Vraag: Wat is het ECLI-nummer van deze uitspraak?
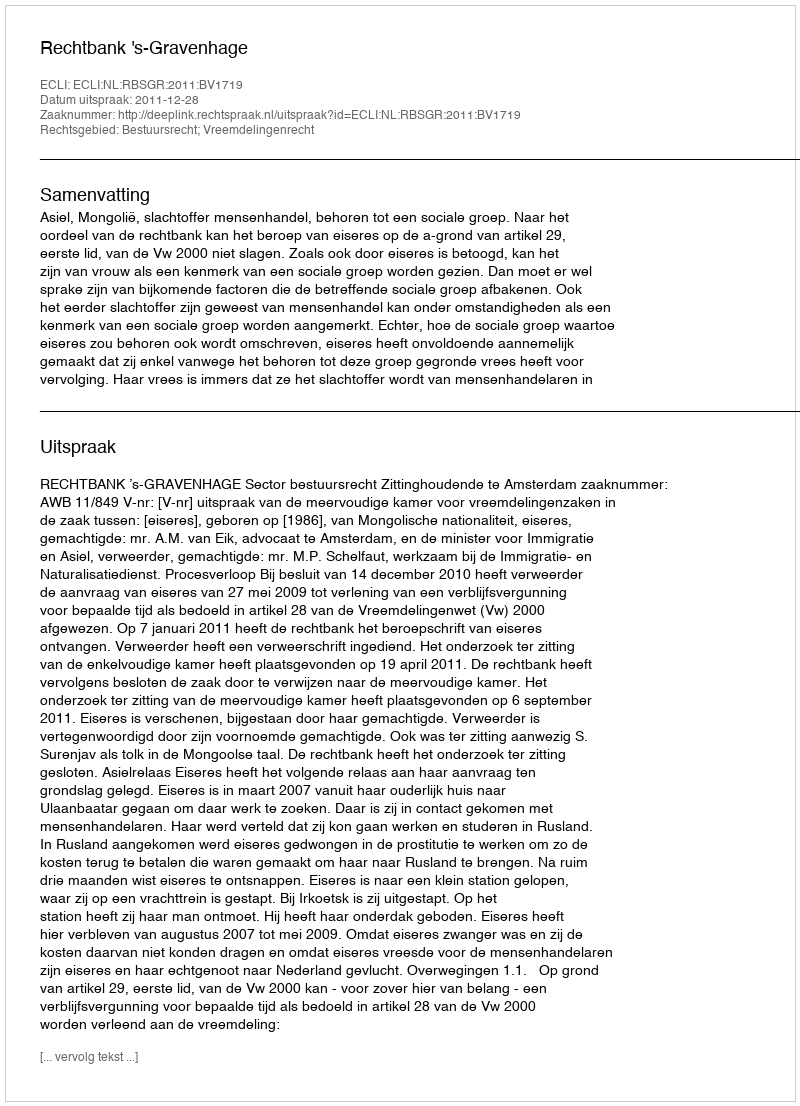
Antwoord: ECLI:NL:RBSGR:2011:BV1719